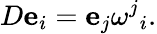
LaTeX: D\mathbf{e}_{i}=\mathbf{e}_{j}{\omega^{j}}_{i}.